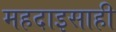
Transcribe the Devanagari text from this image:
महदाइसाही